Newspaper: Alpena weekly argus. [volume]
Place of publication: Alpena, Mich.
Publisher: M.M. Viall
Date: 1875-02-03 00:00:00
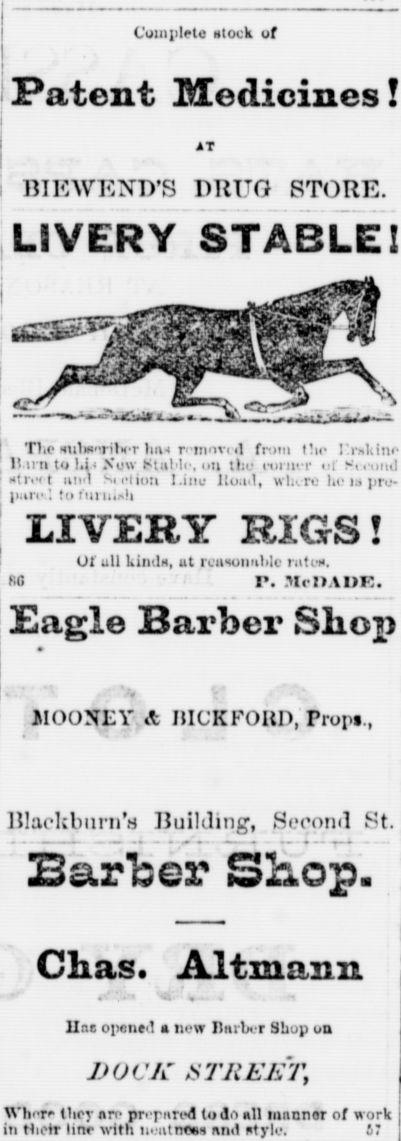
Advertisement text (OCR):
, I I Cuinplcte Block of Patent Medicines! AT BIKWFND'S DRUG STORE. LI VERY STABLE! TKp milwrilKT lun r innvi il from t!ie I'mkinc H u n to Now Stal le, on the inne r H Sieuiul xtleit uiel Sii'linu l.inu llo.el, wl.i re he la pre pare ; to tin ii.'i LIVERY RIGS! Of Ull killtlrf, Ut rCllHOIIIlhlc t ilt I K. RO r. MrllAIIR. Eagle Barber Shop 2IOONCV.& I5lCKFOItD,Trori , lllackburn'a Ruilding, Second St. Barber Shop. Ciias. Altmann lias opetie! new Umber Shop on DOCK STREET Where thry are prepared lod.1 all mnnnor of work in thetr linr with Hi:atnf and ntyle. 47
Label: illustrations